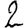
Digit: 2